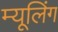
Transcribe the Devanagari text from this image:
म्यूलिंग